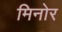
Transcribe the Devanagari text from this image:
मिनोर